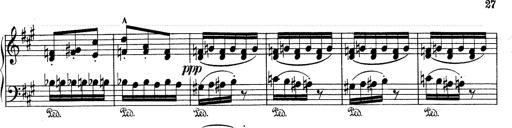
Title: Mephisto Waltz No.1
Composer: Franz Liszt